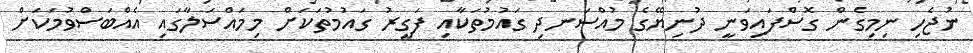
ނުޖެހި ނިމިގެން ގޮސްފައިވަނީ ދުނިޔޭގެ މުއްސަނދި ގައުމުތަކާއި ފަގީރު ގައުމުތަކަށް މިމައްސަލާގައި އެއްބަސްވުމަކަށް